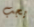
يجب